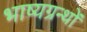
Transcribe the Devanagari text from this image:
भाष्यग्रन्थों